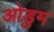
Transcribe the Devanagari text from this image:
ओडुम